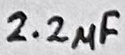
Text: 2.2µF